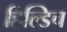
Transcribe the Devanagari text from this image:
हिल्डिच